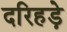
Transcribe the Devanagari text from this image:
दरिहड़े